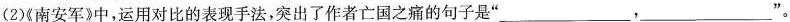
(2)《南安军》中，运用对比的表现手法，突出了作者亡国之痛的句子是” ___，___”。